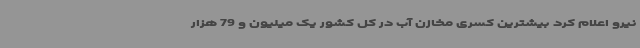
نیرو اعلام کرد بیشترین کسری مخازن آب در کل کشور یک میلیون و 79 هزار